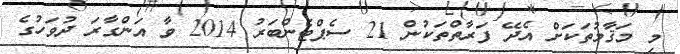
މި މަޤާމުތަކަށް އެދޭ ފަރާތްތަކުން 21 ސެޕްޓެންބަރު 2014 ވާ އަންގާރަ ދުވަހުގެ